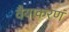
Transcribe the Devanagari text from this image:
वैयाकरणं